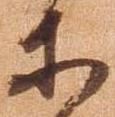
等